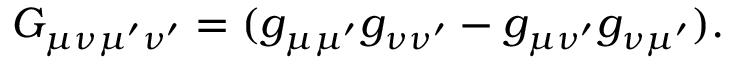
G _ { \mu \nu \mu ^ { \prime } \nu ^ { \prime } } = ( g _ { \mu \mu ^ { \prime } } g _ { \nu \nu ^ { \prime } } - g _ { \mu \nu ^ { \prime } } g _ { \nu \mu ^ { \prime } } ) .